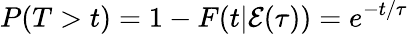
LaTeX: P(T>t)=1-F(t|{\cal E}(\tau))=e^{-t/\tau}